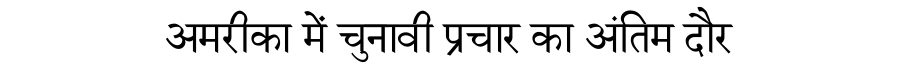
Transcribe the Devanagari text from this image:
अमरीका में चुनावी प्रचार का अंतिम दौर